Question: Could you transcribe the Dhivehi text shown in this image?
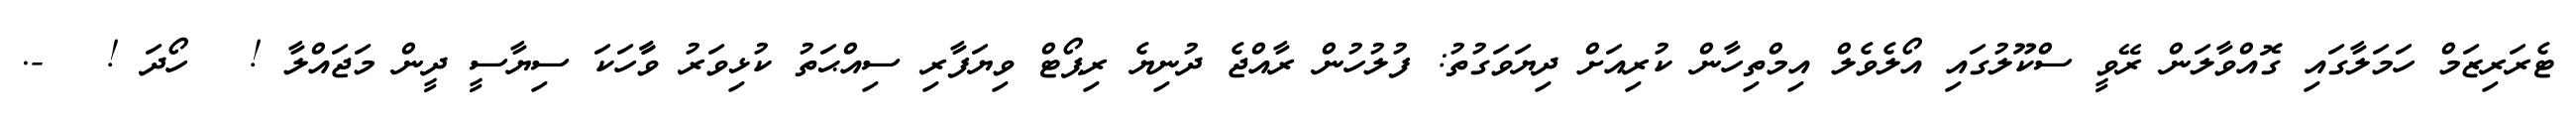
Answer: ޓެރަރިޒަމް ހަމަލާގައި ގޮއްވާލަން ރޭވީ ސްކޫލުގައި އޯލެވެލް އިމްތިހާން ކުރިއަށް ދިޔަވަގުތު: ފުލުހުން ރާއްޖެ ދުނިޔެ ރިޕޯޓް ވިޔަފާރި ސިއްޙަތު ކުޅިވަރު ވާާހަކަ ސިޔާސީ ދީން މަޖައްލާ ! ? ހޯދަ ! ? -.